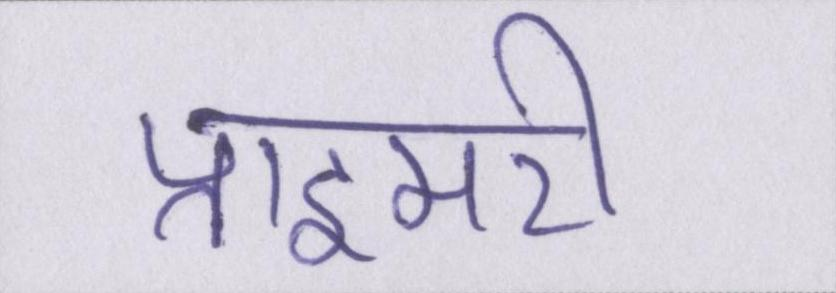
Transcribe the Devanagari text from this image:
प्राइमरी